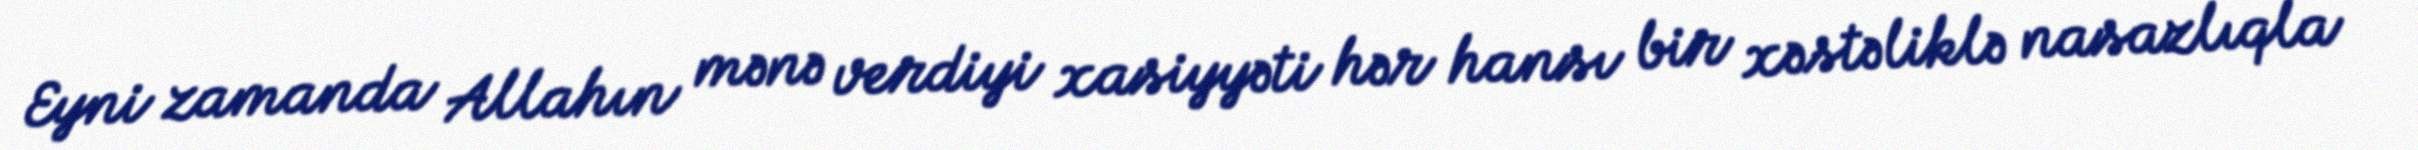
Eyni zamanda Allahın mənə verdiyi xasiyyəti hər hansı bir xəstəliklə nasazlıqla